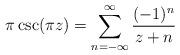
LaTeX: \begin{align*}\pi \csc(\pi z)=\sum^{\infty}_{n=-\infty}\frac{(-1)^n}{z+n}\end{align*}